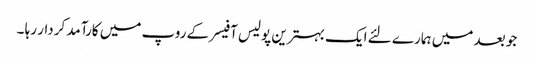
جو بعد میں ہمارے لئے ایک بہترین پولیس آفیسر کے روپ میں کارآمد کردار رہا ۔